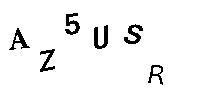
AZ5USR